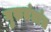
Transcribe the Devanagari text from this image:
गुरुतंत्रांत